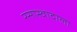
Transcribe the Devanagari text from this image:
रसास्वादाला